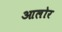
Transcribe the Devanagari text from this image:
आलोर